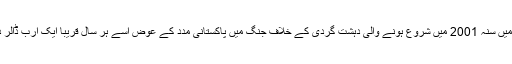
امریکہ نے افغانستان میں سنہ 2001 میں شروع ہونے والی دہشت گردی کے خلاف جنگ میں پاکستانی مدد کے عوض اسے ہر سال قریباً ایک ارب ڈالر دینے کا اعلان کیا تھا۔